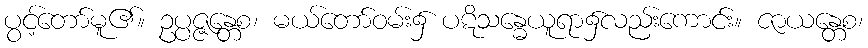
ပွင့်တော်မူ၏။ ဥပ္ပဇ္ဇန္တေစ၊ မယ်တော်ဝမ်း၌ ပဋိသန္ဓေယူရာ၌လည်းကောင်း။ ဇာယန္တေစ၊